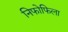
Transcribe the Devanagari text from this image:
निफोफिला